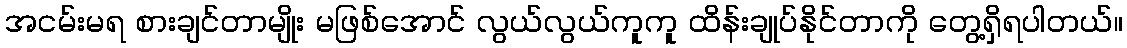
အငမ်းမရ စားချင်တာမျိုး မဖြစ်အောင် လွယ်လွယ်ကူကူ ထိန်းချုပ်နိုင်တာကို တွေ့ရှိရပါတယ်။